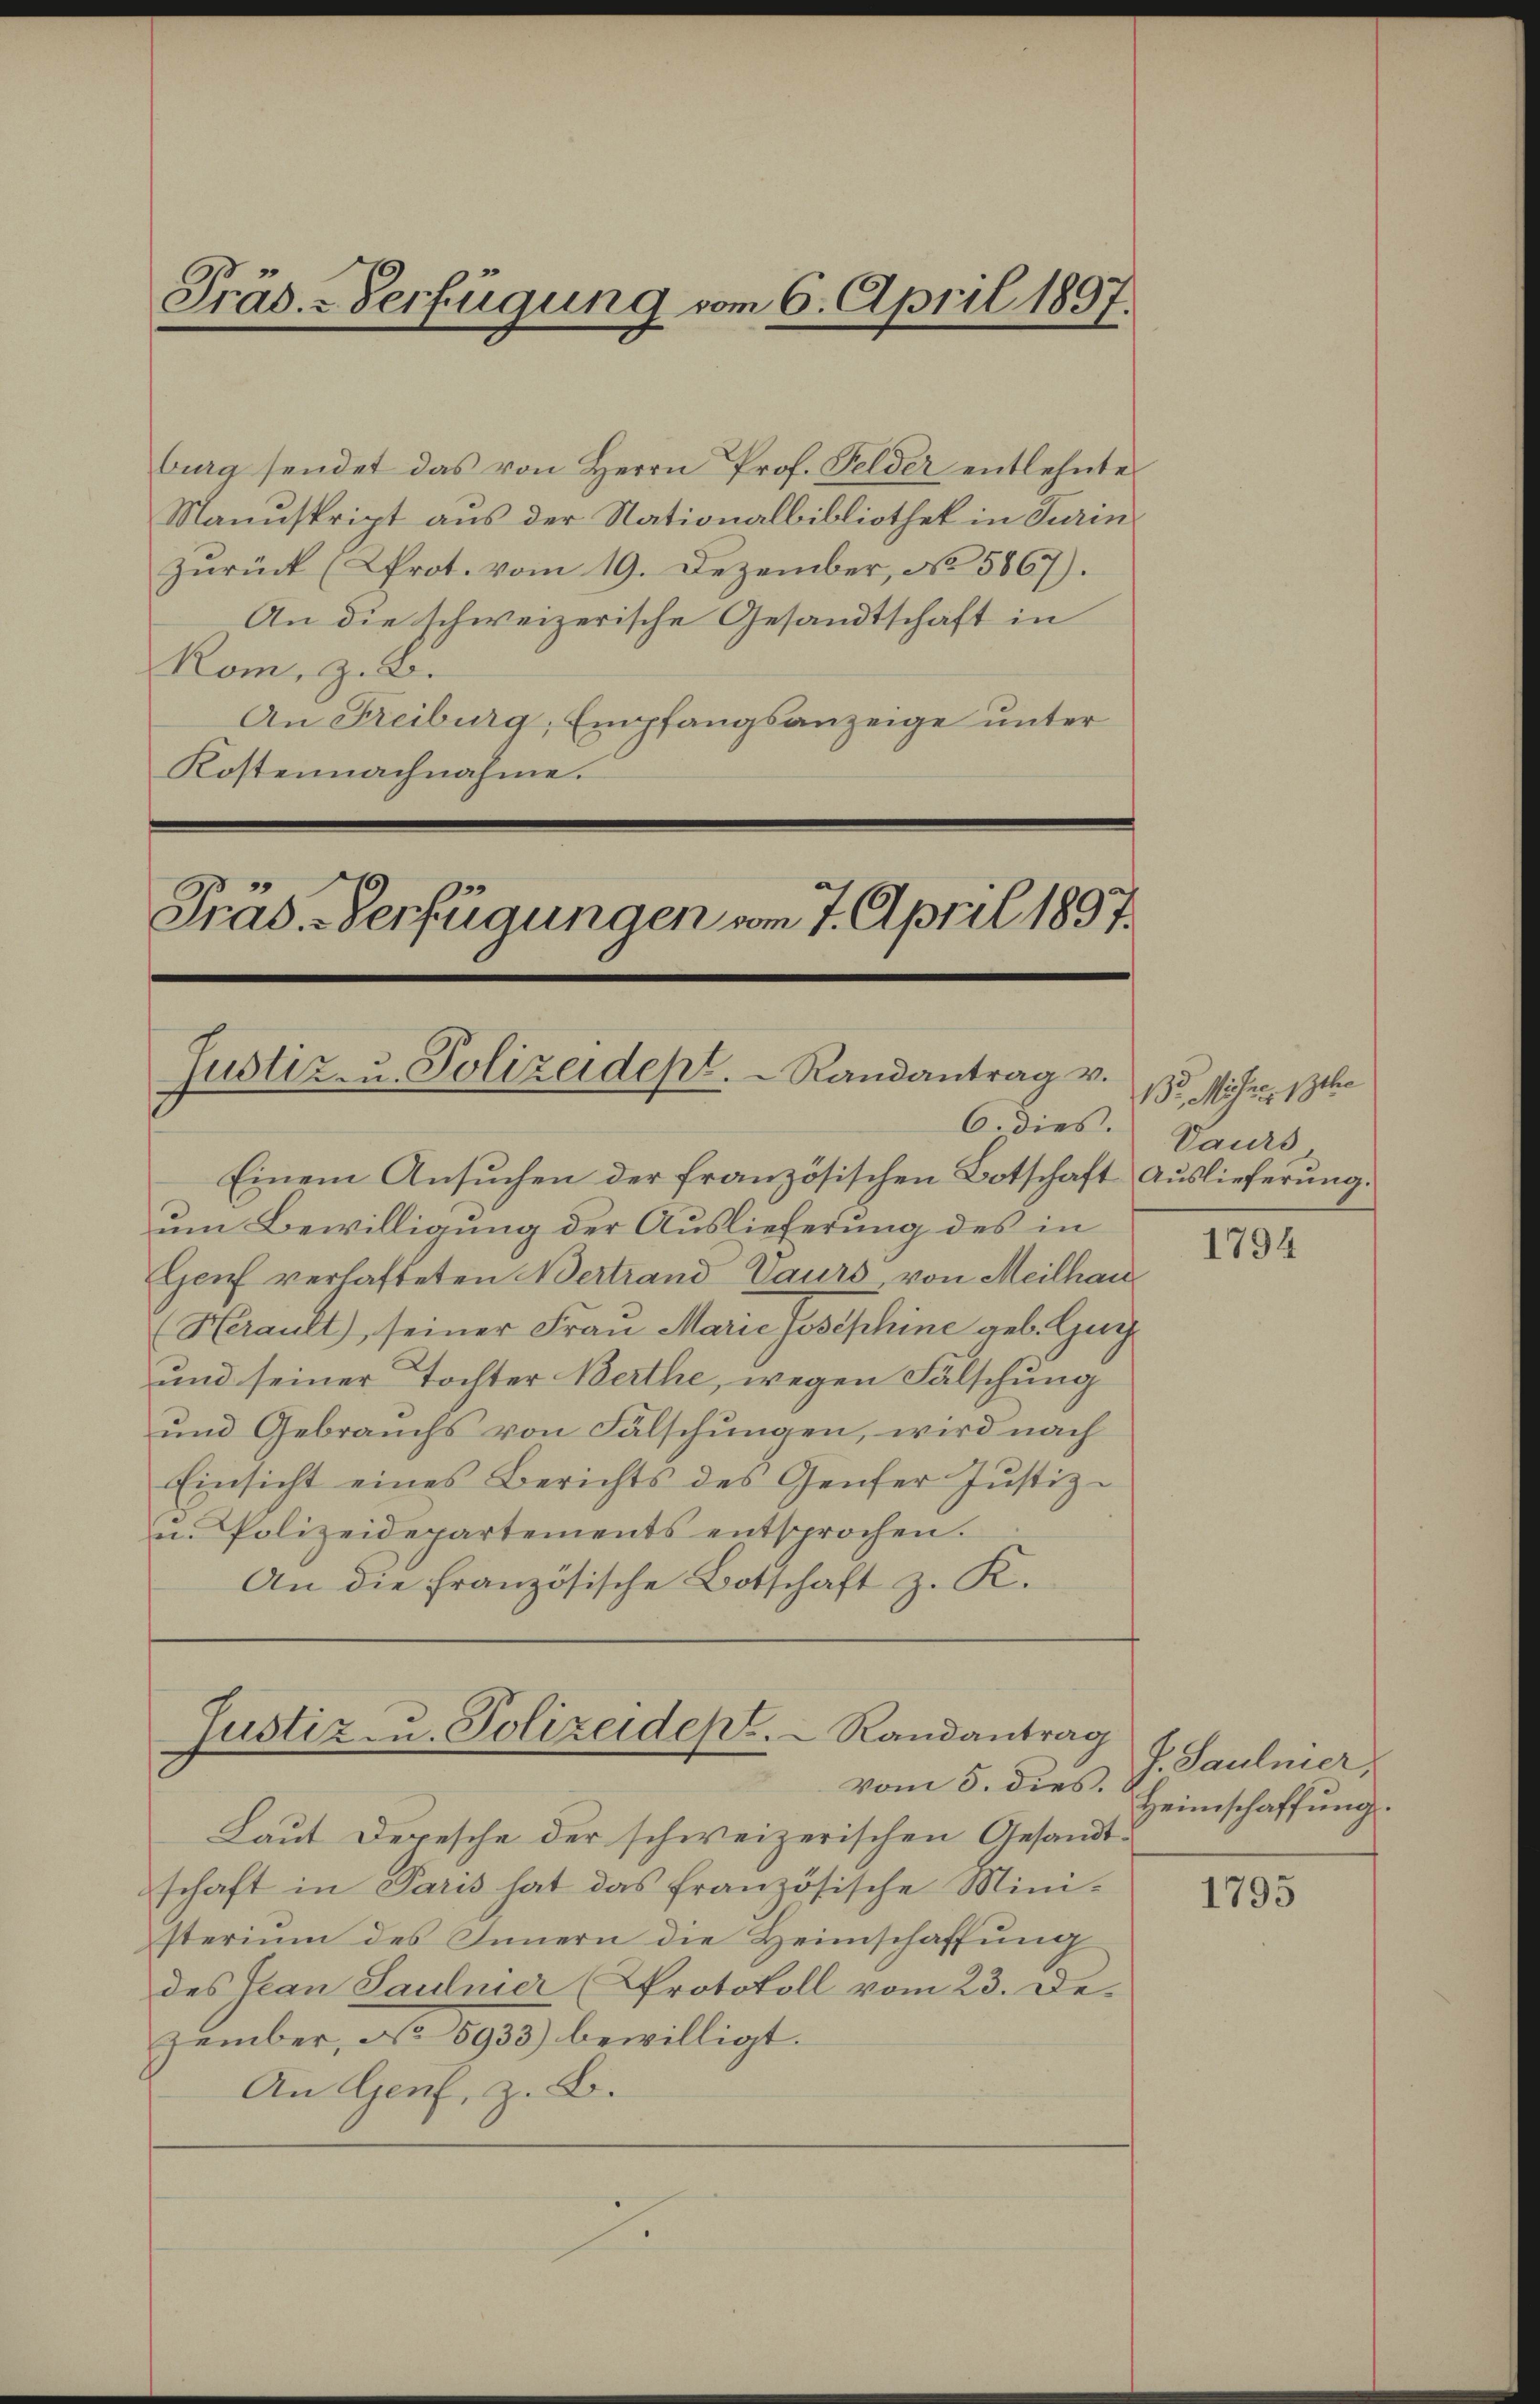
Präs.-Verfügung vom 6. April 1897.

burg sendet das von Herrn Prof. Felder entlehnte
Manuskript aus der Nationalbibliothek in Turin
zurück (Prot. vom 19. Dezember, No 5867).
An die schweizerische Gesandtschaft in
Kom, z. B.
An Freiburg, Empfangsanzeige unter
Kostennachnahme.

Präs. Verfügungen vom 7. April 1837.
Justiz- u. Polizeidept.  Randantrag v.
6. dies.

Justiz u. Polizeidept.  Randantrag
vom 5. dies.

Einem Ansuchen der französischen Botschaft Auslieferung.
um Bewilligung der Auslieferung des in
Genf verhafteten Vertrand Taurs von Meilhau
Herault, seiner Frau Marie Josephine geb. Guig
und seiner Tochter Berthe, wegen Fälschung
und Gebrauchs von Fälschungen, wird nach
Einsicht eines Berichts des Genfer Justiz-
u. Polizeidepartements entsprochen.
An die französische Botschaft z. K.

Laut Depesche der schweizerischen Gesandtschaft in Paris hat das französische Ministerium des Innern die Heimschaffung
des Jean Sauliner (Protokoll vom 23. Dezember, No 5933) bewilligt.
An Genf, z. B.

Br. Mohrer scha
Daurs

1794

J. Saulnier,
Heimschaffung.

1795